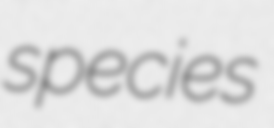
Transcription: species